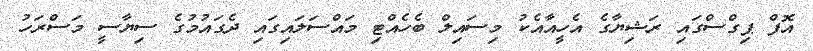
އޮފް ޕިގްސްގައި ރަޝިޔާގެ އެހީއާއެކު މިސައިލް ބެހެއްޓި މައްސަލައިގައި ދެގައުމުގެ ސިޔާސީ މަސްރަހު